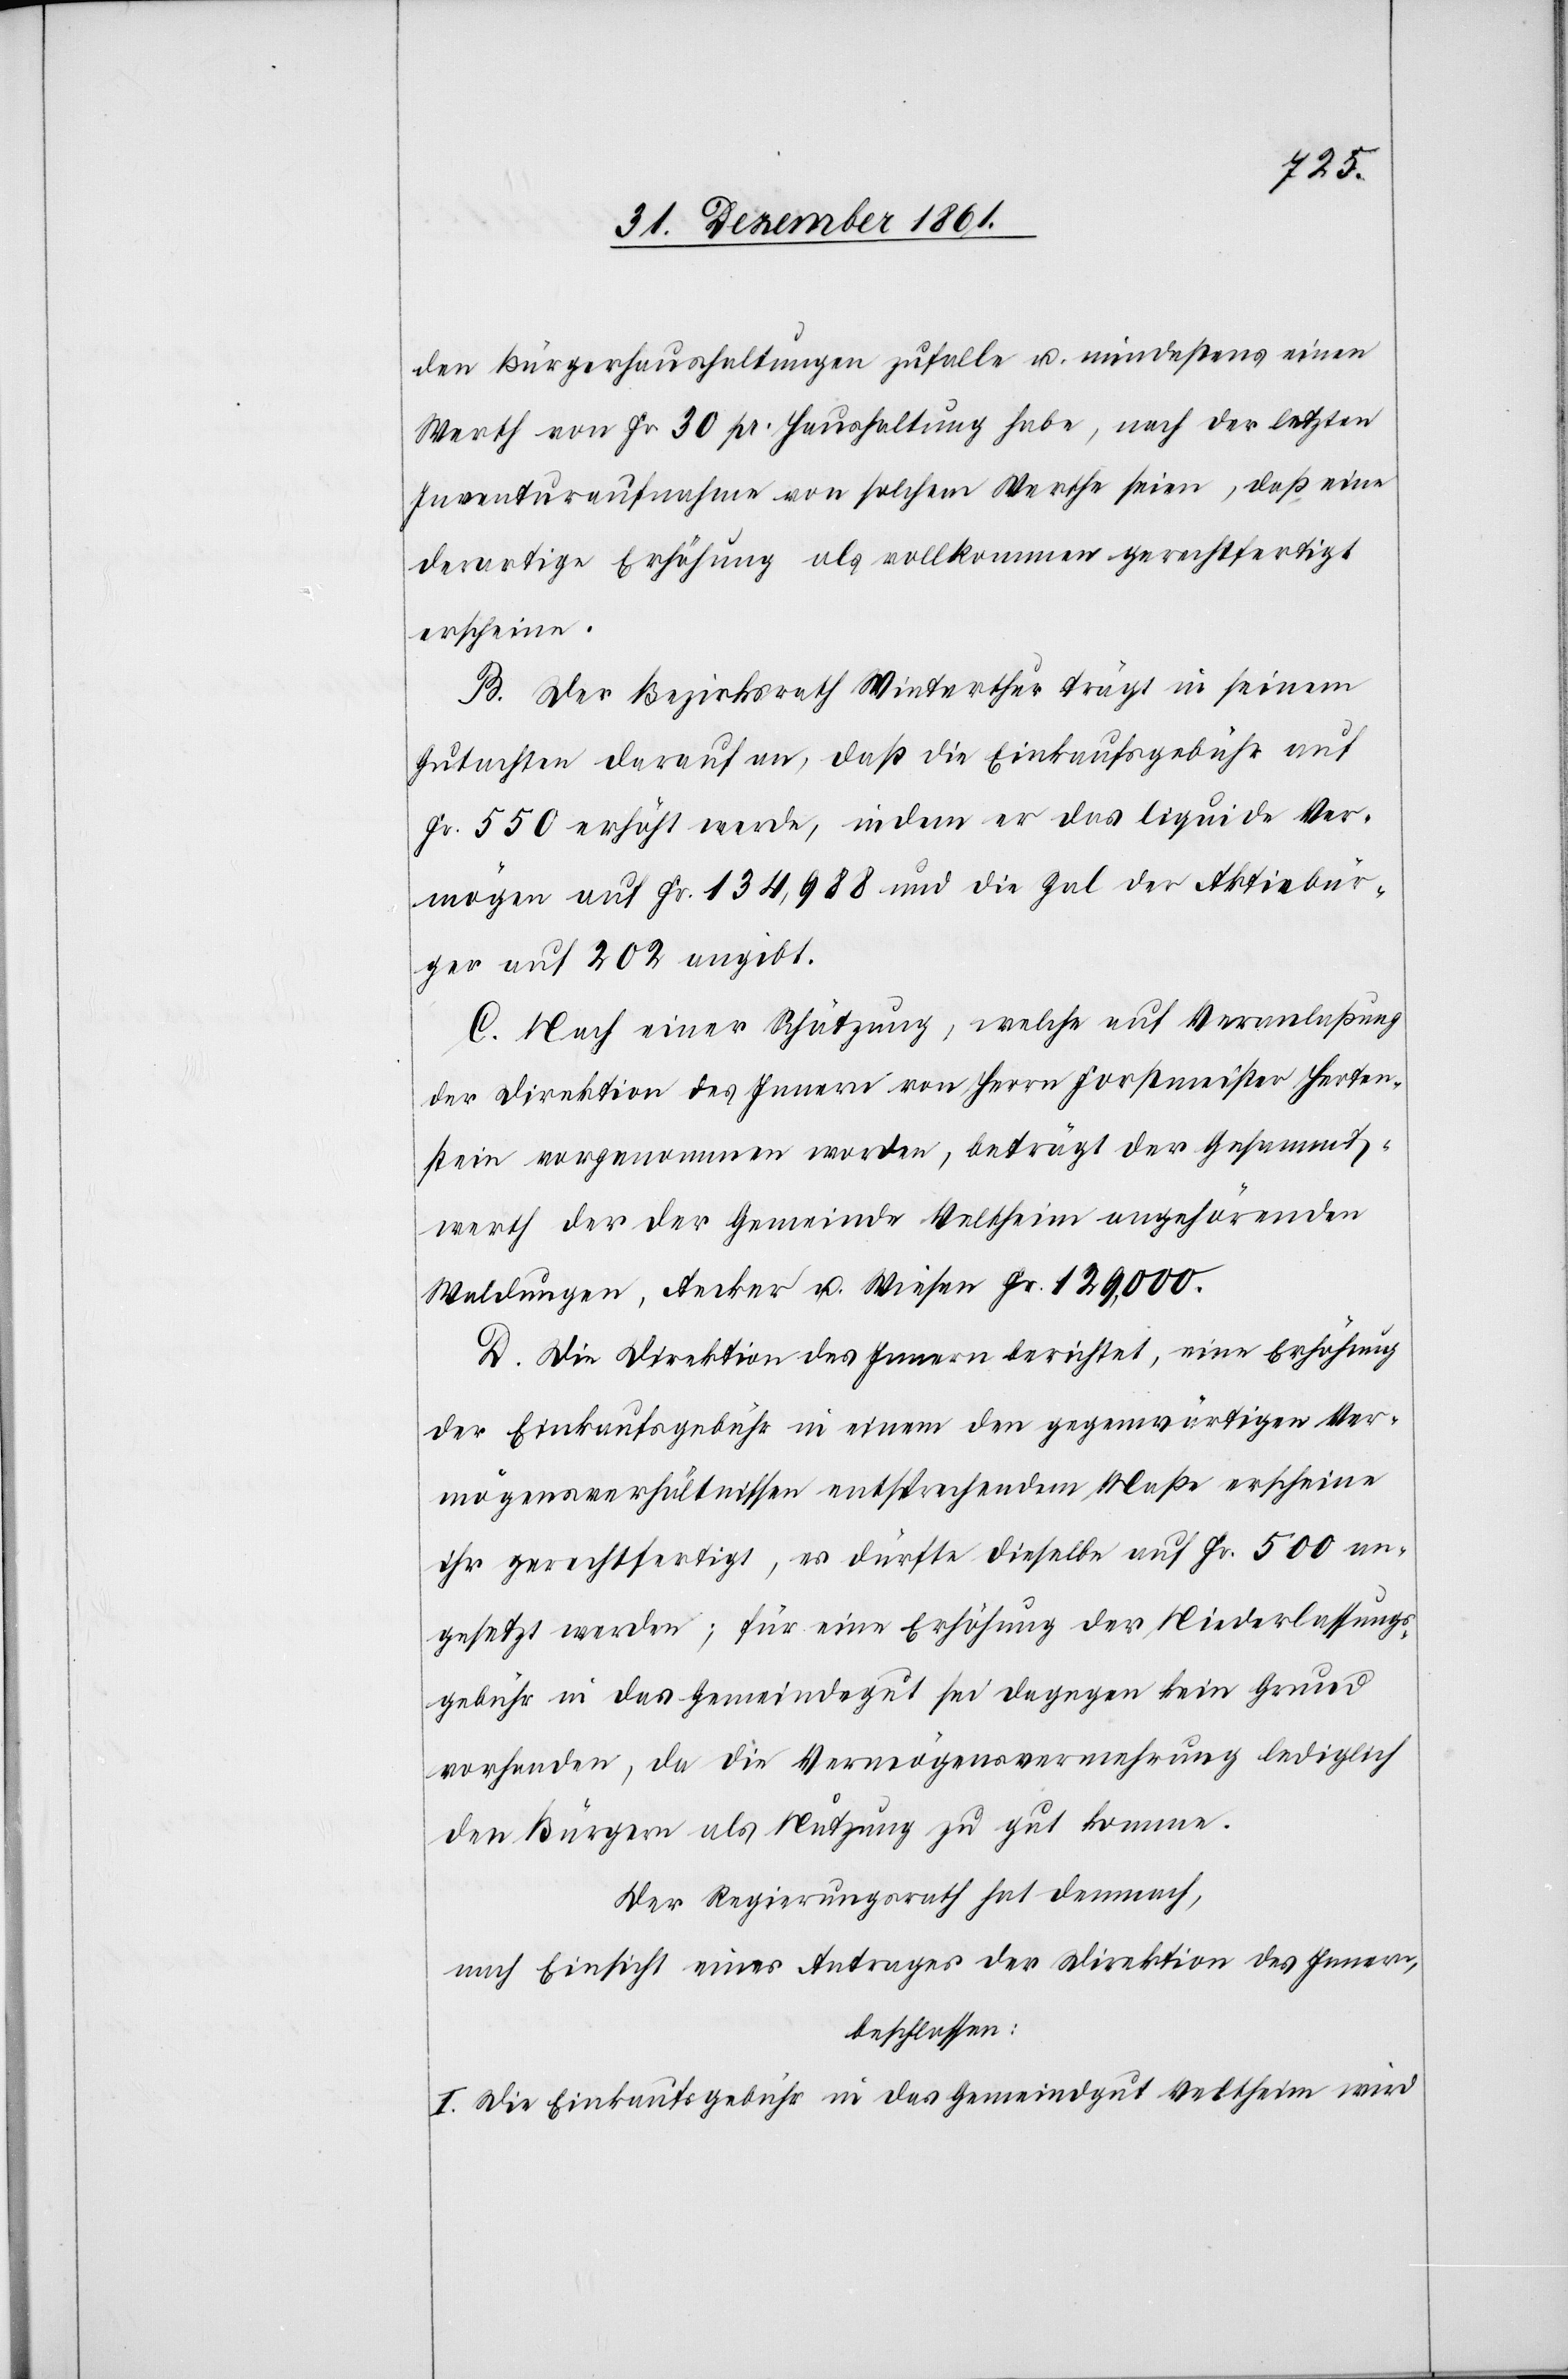
den Bürgerhaushaltungen zufalle u. mindestens einen
Werth von Fr. 30 pr. Haushaltung habe, nach der letzten
Inventaraufnahme von solchem Werthe seien, daß eine
derartige Erhöhung als vollkommen gerechtfertigt
erscheine.
B. Der Bezirksrath Winterthur trägt in seinem
Gutachten darauf an, daß die Einkaufsgebühr auf
Fr. 550 erhöht werde, indem er das liquide Ver¬
mögen auf Fr. 134,988 und die Zal der Aktivbür¬
ger auf 202 angibt.
C. Nach einer Schätzung, welche auf Veranlaßung
der Direktion des Innern von Herrn Forstmeister Herten¬
stein vorgenommen worden, beträgt der Gesammt¬
werth der der Gemeinde Veltheim angehörenden
Waldungen, Aecker u. Wiesen Fr. 129,000.
D. Die Direktion des Innern berichtet, eine Erhöhung
der Einkaufsgebühr in einem den gegenwärtigen Ver¬
mögensverhältnissen entsprechendem Maße erscheine
ihr gerechtfertigt, es dürfte dieselbe auf Fr. 500 an¬
gesetzt werden; für eine Erhöhung der Niederlassungs¬
gebühr in das Gemeindegut sei dagegen kein Grund
vorhanden, da die Vermögensvermehrung lediglich
den Bürgern als Nutzung zu gut komme.
Der Regierungsrath hat demnach,
nach Einsicht eines Antrages der Direktion des Innern,
beschlossen:
I. Die Einkaufsgebühr in das Gemeindgut Veltheim wird